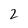
Character: 2